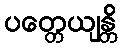
ပတ္တေယျန္တိ